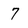
Character: 7